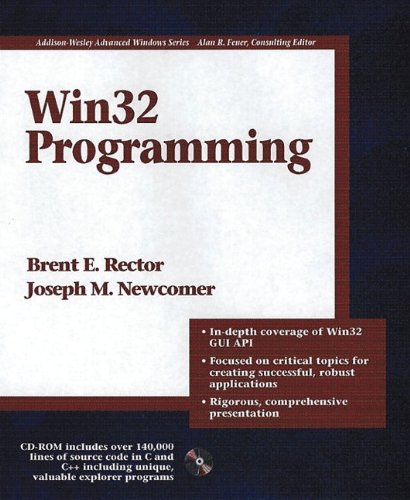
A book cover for Win32 Programming (Addison-Wesley Advanced Windows Series)(2 Vol set); Brent E. Rector; Computers & Technology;